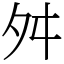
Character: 舛